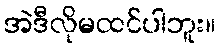
အဲဒီလိုမထင်ပါဘူး။